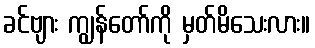
ခင်ဗျား ကျွန်တော်ကို မှတ်မိသေးလား။